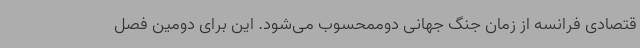
قتصادی فرانسه از زمان جنگ جهانی دوممحسوب می‌شود. این برای دومین فصل